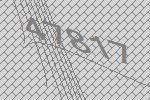
47817